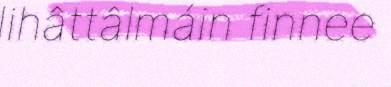
lihâttâlmáin finnee